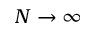
N \rightarrow \infty